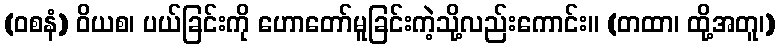
(ဝစနံ) ဝိယစ၊ ပယ်ခြင်းကို ဟောတော်မူခြင်းကဲ့သို့လည်းကောင်း။ (တထာ၊ ထို့အတူ၊)